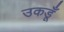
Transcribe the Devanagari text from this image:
उकडूँ